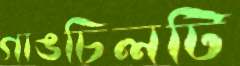
গাঙচিলটি